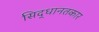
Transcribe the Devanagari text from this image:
सिद्धानतकार